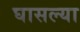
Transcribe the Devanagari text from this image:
घासल्या